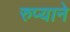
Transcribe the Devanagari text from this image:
रुप्याने